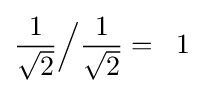
{\frac {1}{\sqrt {2}}}{\Big /}{\frac {1}{\sqrt {2}}}=\;\;1